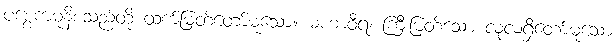
ပစ္စေကမုနိစသည်တို့ ထက်မြတ်တော်မူသော။ မဟာဝီရ၊ ကြီးမြတ်သော လုံ့လရှိတော်မူသော